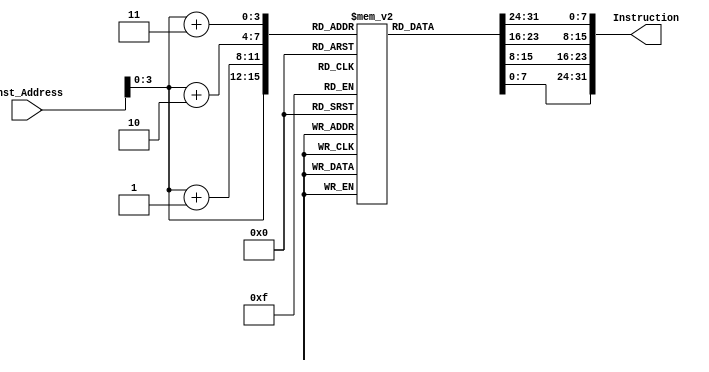
module Instruction_Memory
(
  input [63:0] Inst_Address,
  output reg [31:0] Instruction
);
  reg [7:0]Instruction_Memory[15:0];
  initial
    begin
        Instruction_Memory[0] = 8'b00110011;
        Instruction_Memory[1] = 8'b00000010;
        Instruction_Memory[2] = 8'b10100101;
        Instruction_Memory[3] = 8'b00000000;
        Instruction_Memory[4] = 8'b00110011;
        Instruction_Memory[5] = 8'b10000000;
        Instruction_Memory[6] = 8'b01010010;
        Instruction_Memory[7] = 8'b00000000;
        Instruction_Memory[8] = 8'b10110011;
        Instruction_Memory[9] = 8'b00000010;
        Instruction_Memory[10] = 8'b00000010;
        Instruction_Memory[11] = 8'b00000000;
        Instruction_Memory[12] = 8'b00110011;
        Instruction_Memory[13] = 8'b10000011;
        Instruction_Memory[14] = 8'b00000010;
        Instruction_Memory[15] = 8'b00000000;
    end
    
    always @(Inst_Address)
    begin
      Instruction = {Instruction_Memory[Inst_Address[3:0]+3],Instruction_Memory[Inst_Address[3:0]+2],Instruction_Memory[Inst_Address[3:0]+1],Instruction_Memory[Inst_Address[3:0]]};
    end
endmodule